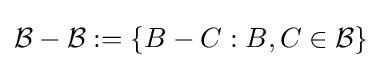
{\mathcal {B}}-{\mathcal {B}}:=\{B-C:B,C\in {\mathcal {B}}\}